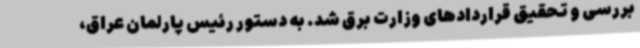
بررسی و تحقیق قراردادهای وزارت برق شد. به دستور رئیس پارلمان عراق،‌